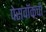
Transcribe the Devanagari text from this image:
पेसवॉकची